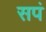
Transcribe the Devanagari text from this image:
सपं